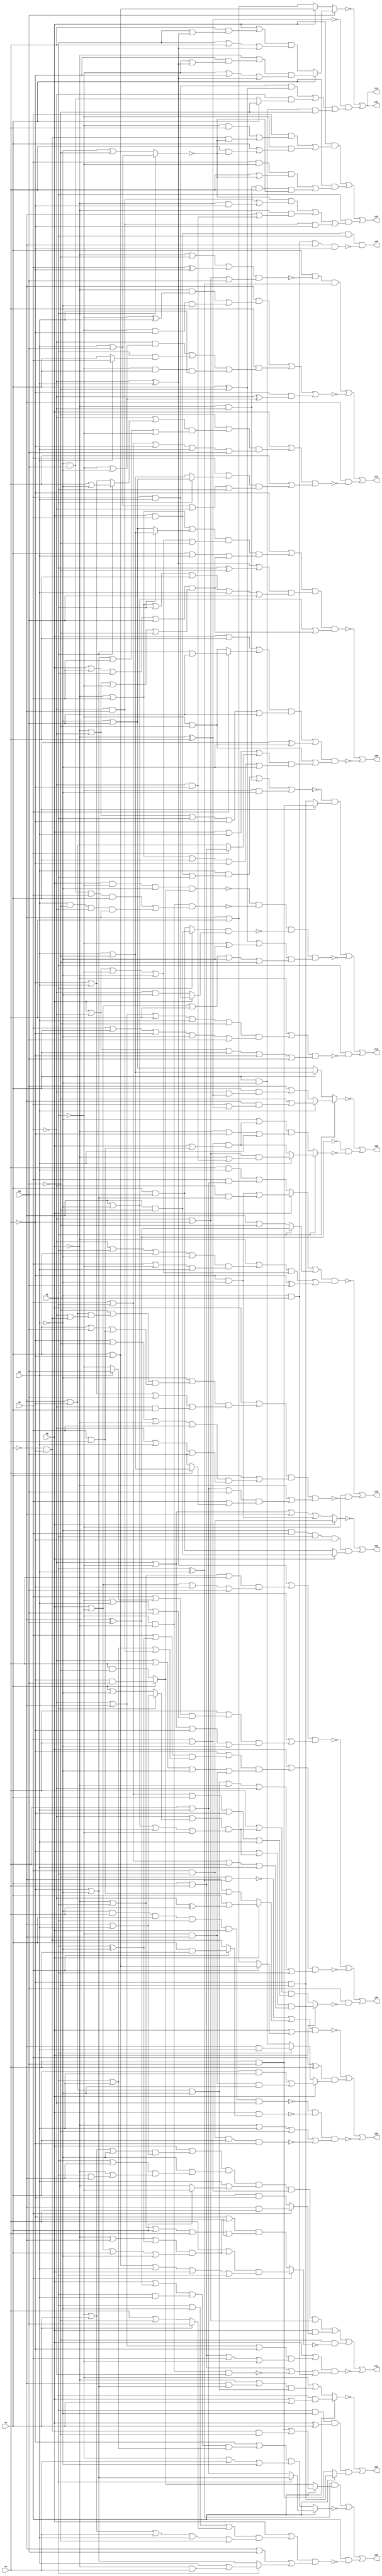
// Benchmark "q_1" written by ABC on Mon Feb 27 04:08:24 2023

module q_1 ( 
    x0, x1, x2, x3, x4, x5, x6,
    z00, z01, z02, z03, z04, z05, z06, z07, z08, z09, z10, z11, z12, z13,
    z14  );
  input  x0, x1, x2, x3, x4, x5, x6;
  output z00, z01, z02, z03, z04, z05, z06, z07, z08, z09, z10, z11, z12, z13,
    z14;
  wire n24, n26, n27, n29, n30, n32, n34, n35, n36, n37, n38, n39, n40, n42,
    n43, n44, n45, n47, n48, n49, n51, n52, n54, n55, n56, n58, n59, n60,
    n61, n62, n63, n64, n66, n67, n68, n69, n71, n72, n73, n74, n75, n76,
    n78, n79, n80, n82, n83, n84, n85, n86, n87, n88, n89;
  assign z00 = x0 & x1 & x2 & ~n24;
  assign n24 = ~x6 & ~x5 & ~x3 & ~x4;
  assign z01 = ~n27 | (n26 & (x0 ? (~x3 & ~x6) : (x3 & x6)));
  assign n26 = ~x5 & x1 & x2 & ~x4;
  assign n27 = x0 ? (x1 & x2) : (~x1 | ~x2 | ~x3 | (~x4 & ~x5));
  assign z02 = ~n30 | (n29 & (x1 ? (~x4 & ~x6) : (x4 & x6)));
  assign n29 = x2 & ~x5 & (x0 ^ x3);
  assign n30 = x1 ? (x2 & (x0 | x3)) : (~x2 | ((~x0 | (~x3 & (~x4 | ~x5))) & (~x3 | ~x4 | ~x5)));
  assign z03 = (x0 & ((x1 & ((~x2 & x4) | (~x3 & ~x4 & ~n32))) | (~x2 & (x3 | (x4 & ~n32))))) | (x3 & ((x1 & ~x2 & (x4 | ~n32)) | (~x0 & ~x1 & x4 & ~n32))) | (x2 & ((~n32 & ((~x1 & ~x3) | (~x0 & ~x4))) | (~x0 & (~x3 | (~x1 & ~x4))) | (~x1 & ~x3 & ~x4)));
  assign n32 = x2 ? (x5 | x6) : (~x5 | ~x6);
  assign z04 = ~n39 | n34 | ~n35;
  assign n34 = (x1 ^ x4) & (x0 ? ((x3 & x5) | (~x2 & ~x3 & ~x5)) : (x2 ? (~x3 & x5) : (x3 & ~x5)));
  assign n35 = ~n37 & ~n36 & (~x0 | x5 | ~x6 | ~n38);
  assign n36 = x0 & (x1 ? (x3 & x4) : (~x3 & ~x4));
  assign n37 = ~x5 & x4 & x3 & x2 & x0 & ~x1;
  assign n38 = x1 & x2 & x3 & ~x4;
  assign n39 = (~n40 | (x0 ? (x3 | (~x1 ^ x4)) : (~x3 | (x1 & x4)))) & (x0 | (x1 ? (x3 | ~x4) : (~x3 | x4)));
  assign n40 = ~x6 & (x2 ^ x5);
  assign z05 = n43 | ~n44 | (x1 & ~n42);
  assign n42 = (x0 | ((x2 | ~x5 | (x3 ? x6 : (x4 | ~x6))) & (~x2 | x3 | x4 | x5 | ~x6))) & (~x3 | x6 | (x2 ? (x5 | (~x0 & x4)) : (~x4 | ~x5)));
  assign n43 = (x2 ^ x5) & (x1 ? ((x4 & x6) | (~x3 & ~x4 & ~x6)) : (x3 ? (~x4 & x6) : (x4 & ~x6)));
  assign n44 = x1 ? (x2 ? (~x4 | ~x5) : (x4 | x5)) : ((~x4 | ((x0 | n45 | (x2 & x5)) & (x2 | x5))) & (~x2 | x4 | ~x5));
  assign n45 = ~x3 ^ x6;
  assign z06 = ~n48 | (~n45 & ~n47);
  assign n47 = x2 ? (x5 ? ((~x1 | ~x4) & (~x0 | (~x1 & ~x4))) : ((x1 | x4) & (x0 | (x1 & x4)))) : ((~x5 | ((x1 | x4) & (x0 | (x1 & x4)))) & (~x0 | ~x4 | x5));
  assign n48 = x2 ? (x5 ? (~x6 | (~x3 & (x1 | n49))) : (x6 | (x3 & (~x1 | n49)))) : (x3 ? (x5 | ~x6) : (~x5 | x6));
  assign n49 = ~x0 ^ x4;
  assign z07 = ~n51 | (~n49 & ((x1 & x5 & (x3 ^ ~x6)) | (~x1 & (x3 ? ~x6 : (~x5 & x6))) | (x3 & ~x5 & ~x6)));
  assign n51 = x6 ? (x3 ? ((~x0 | (~x4 & (~x2 | n52))) & (~x2 | ~x4 | n52)) : ((x0 | (x4 & (x2 | n52))) & (x2 | x4 | n52))) : (x0 ? (x3 | ~x4) : (~x3 | x4));
  assign n52 = ~x1 ^ x5;
  assign z08 = ~n55 | ~n56 | (x6 & ~n54);
  assign n54 = x0 ? ((~x4 | ((~x1 | (x2 ? (~x3 | x5) : (x3 | ~x5))) & (~x3 | ~x5 | x1 | ~x2))) & (x1 | x2 | x4 | x5)) : ((x4 | ((~x1 | (x2 ? (~x3 | x5) : (x3 | ~x5))) & (~x3 | ~x5 | x1 | ~x2))) & (x1 | x2 | x3 | ~x4 | x5));
  assign n55 = ((~x1 ^ x5) | ((~x0 | x2 | x4) & (x0 | ~x2 | ~x4 | x6))) & (~x0 | ((x4 | ((x1 | (x5 ? x6 : ~x2)) & (~x2 | x5 | x6))) & (~x1 | ~x2 | ~x4 | ~x5)));
  assign n56 = (x0 | ((~x4 | ((x1 | (x2 ^ ~x5)) & (x2 | x5 | (~x1 & ~x3)))) & (~x1 | x4 | ~x5 | (~x2 & ~x3)))) & (~x3 | ~x4 | ~x5 | ~x0 | ~x1 | x2);
  assign z09 = ~n58 | ~n62;
  assign n58 = (~x4 | (n59 & (x3 | x5 | n60))) & n61 & (~x3 | ~x5 | n60);
  assign n59 = (~x0 | x1 | (x2 ? (x5 | ~x6) : (~x5 | x6))) & (x0 | ~x1 | ~x2 | ~x5 | ~x6);
  assign n60 = (x0 | x1 | x2 | x6) & (~x0 | ~x1 | ~x2 | ~x6);
  assign n61 = ((~x1 ^ x5) | (x2 ^ ~x6)) & (~x0 | x1 | x2 | x4 | x5 | x6);
  assign n62 = (n63 | (x3 ^ ~x5)) & (~x2 | ~x6 | n64);
  assign n63 = (x0 | x4 | (x1 ? (x2 | x6) : (~x2 | ~x6))) & (~x0 | ~x1 | x2 | ~x4 | x6);
  assign n64 = (x0 | x5 | (x1 ? (x3 | x4) : (~x3 | ~x4))) & (~x0 | x1 | x3 | ~x4 | ~x5);
  assign z10 = ~n67 | (~x2 & ~n66);
  assign n66 = (x0 | ((~x5 | ((~x6 | ((~x3 | ~x4) & (~x1 | (~x3 & ~x4)))) & (x3 | x6 | (x1 & x4)))) & (~x4 | x5 | x6 | (~x1 & x3)))) & (x3 | ((~x4 | ~x6 | ~x0 | x1) & (~x1 | x5 | x6))) & (~x0 | ((x4 | x5 | x6) & (x1 | (x4 ? (x5 | ~x6) : x6))));
  assign n67 = (n68 | (x2 ? (~x3 ^ x6) : (~x3 | ~x6))) & (n69 | (~x4 ^ x6));
  assign n68 = x0 ? ((~x4 & ~x5) | (~x1 & (~x4 | ~x5))) : ((x4 & x5) | (x1 & (x4 | x5)));
  assign n69 = (~x0 | ((~x1 | x2 | x3 | ~x5) & (x1 | ~x2 | x5))) & (x0 | ~x1 | ~x2 | ~x5);
  assign z11 = n72 | n73 | (~x6 & ~n71) | ~n74;
  assign n71 = x1 ? ((x4 | ((~x0 | ~x3 | (x2 ^ ~x5)) & (x0 | ~x2 | x3 | ~x5))) & (x3 | ~x4 | x5 | x0 | x2)) : ((~x4 | ((~x0 | ~x3 | (x2 ^ ~x5)) & (x0 | ~x2 | x3 | ~x5))) & (~x0 | x2 | x3 | x4 | x5));
  assign n72 = (x0 | ((~x2 | x3 | ~x5) & (~x3 | x5))) & (~x5 | ((x2 | ~x3) & (~x0 | (x2 & ~x3)))) & (x5 | (x3 ? ~x2 : ~x0)) & (x1 | x4) & (~x1 | ~x4);
  assign n73 = x0 & (x1 ? (~x3 & x4) : (x3 & ~x4));
  assign n74 = n75 & (x3 | x4 | ~n76 | (~x5 & ~x6));
  assign n75 = x0 | ((~x1 | ~x3 | ~x4) & (x3 | x4 | x1 | ~x2));
  assign n76 = ~x2 & ~x0 & ~x1;
  assign z12 = (x3 & ~n79 & (x2 ^ x5)) | ~n80 | (~x3 & ~n78);
  assign n78 = (x0 | ((~x6 | ((~x1 | (x2 ? (x4 | ~x5) : (~x4 | x5))) & (~x4 | ~x5 | x1 | ~x2))) & (x1 | x2 | ~x4 | x5 | x6))) & (x4 | ((x1 | (x2 ? (~x5 | x6) : (x5 | ~x6))) & (x5 | x6 | ~x1 | x2)));
  assign n79 = (~x0 | ~x6 | (x1 ^ ~x4)) & (~x1 | ~x4 | x6);
  assign n80 = (~x3 & ((~x0 & (~x2 ^ x5)) | (~x2 & ~x4 & ~x5))) | (x4 & ((~x1 & (~x2 | ~x5)) | (x2 & (x5 ? x1 : x3)) | (~x2 & x3 & x5))) | (~x4 & (~x1 ^ (~x2 | ~x5)));
  assign z13 = n83 | ~n85 | (x2 & ~n82);
  assign n82 = (~x0 | ((~x1 | ~x3 | x4 | x5 | ~x6) & (x1 | x3 | ~x4 | ~x5 | x6))) & (x0 | ~x1 | x3 | ~x4 | x6);
  assign n83 = ~n84 & (x3 ? (x4 & x6) : (~x4 & ~x6));
  assign n84 = (x5 & ((x0 & x1) | x2)) | (~x0 & ~x1) | (~x2 & ~x5);
  assign n85 = ~n89 & ~n88 & ~n86 & n87;
  assign n86 = (x2 ? (~x3 & ~x6) : (x3 & x6)) & (x0 ? (x1 & x5) : (~x1 & ~x5));
  assign n87 = ((x3 ^ ~x6) | (~x2 ^ ~x5)) & (x0 | ~x2 | x4 | ~x5 | ~x6);
  assign n88 = ~x0 & ~x2 & ((~x5 & x6 & x1 & x3) | (x5 & ~x6 & ~x1 & ~x3));
  assign n89 = x0 & ~x2 & ~x5 & (x3 ? (~x4 & x6) : (x4 & ~x6));
  assign z14 = ~n51 | (~n49 & ((x1 & x5 & (x3 ^ ~x6)) | (~x1 & (x3 ? ~x6 : (~x5 & x6))) | (x3 & ~x5 & ~x6)));
endmodule